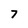
Character: 7